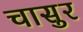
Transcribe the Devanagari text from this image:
चासुर